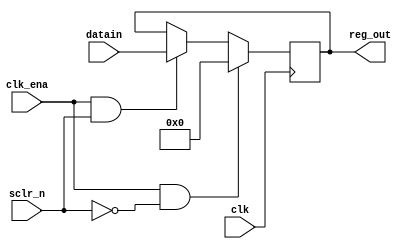
module reg16(input clk, sclr_n, clk_ena, input [15:0] datain, output reg [15:0] reg_out);
		always @ (posedge clk)
		begin
			// If clk_ena is 1 and sclr_n is 0, reg_out = 0000_0000_0000_0000
			if(clk_ena == 1'b01 && sclr_n == 1'b00)
				reg_out <= 16'b00;
			// Else if clk_ena is 1 and sclr_n is 1, reg_out = datain
			else if(clk_ena == 1'b01 && sclr_n == 1'b01)
				reg_out <= datain;
			// Else, no change to reg_out
			else
				reg_out <= reg_out;
		end
endmodule